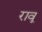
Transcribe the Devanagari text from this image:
रावू